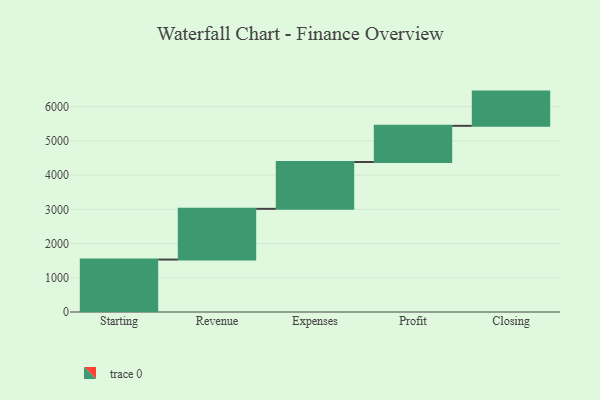
{"axis": {"x": "Step", "y": "Value"}, "legend": [""], "data": [{"x": "Starting", "y": 1532.0, "type": ""}, {"x": "Revenue", "y": 1482.0, "type": ""}, {"x": "Expenses", "y": 1368.0, "type": ""}, {"x": "Profit", "y": 1057.0, "type": ""}, {"x": "Closing", "y": 1000, "type": ""}]}